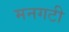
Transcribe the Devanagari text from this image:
मनगटी